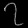
Digit: ၇